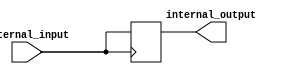
module high_speed_buffer (
    input wire external_input,
    output wire internal_output
);

reg buffer;

always @(posedge external_input) begin
    buffer <= external_input;
end

assign internal_output = buffer;

endmodule